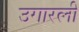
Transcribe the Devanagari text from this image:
उगारली